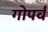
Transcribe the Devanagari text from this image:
गोपर्व